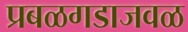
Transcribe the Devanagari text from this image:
प्रबळगडाजवळ